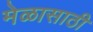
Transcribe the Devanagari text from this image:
मेळासाठी